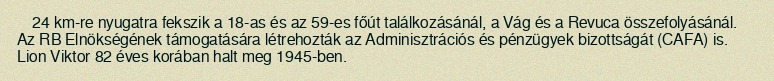
24 km-re nyugatra fekszik a 18-as és az 59-es főút találkozásánál, a Vág és a Revuca összefolyásánál. Az RB Elnökségének támogatására létrehozták az Adminisztrációs és pénzügyek bizottságát (CAFA) is. Lion Viktor 82 éves korában halt meg 1945-ben.